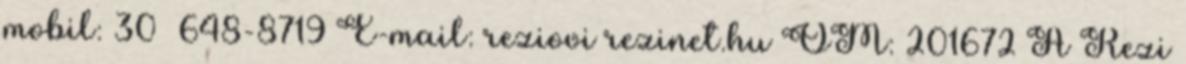
mobil: 30 648-8719 E-mail: reziovi rezinet.hu OM: 201672 A Rezi